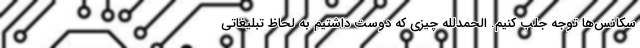
سکانس‌ها توجه جلب کنیم. الحمدلله چیزی که دوست داشتیم به لحاظ تبلیغاتی